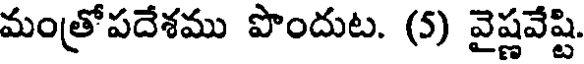
మంత్రోపదేశము పొందుట. (5) వైష్ణవేష్టి.